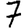
Digit: 7